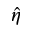
\hat { \eta }